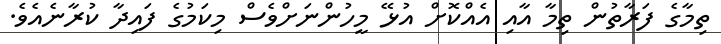
ތިމާގެ ފަރާތުން ތިމާ އާއި އެއްކޮށް އުޅޭ މީހުންނަށްވެސް މިކަމުގެ ފައިދާ ކުރާނެއެވެ.